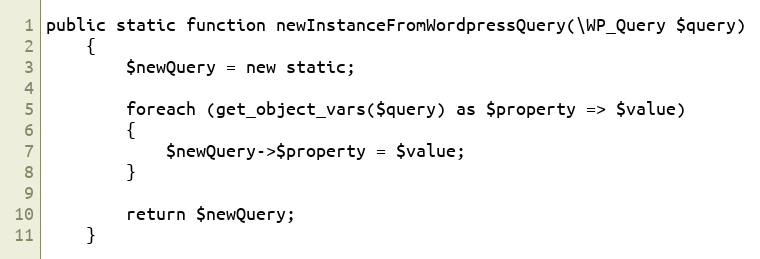
Language: PHP
public static function newInstanceFromWordpressQuery(\WP_Query $query)
    {
        $newQuery = new static;

        foreach (get_object_vars($query) as $property => $value)
        {
            $newQuery->$property = $value;
        }

        return $newQuery;
    }